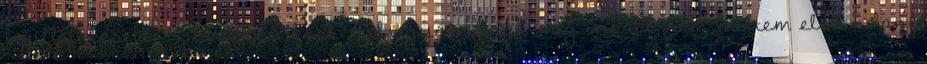
legilletékesebb. A látogató körzetfelvigyázóknak még inkább nem mertem elmondani